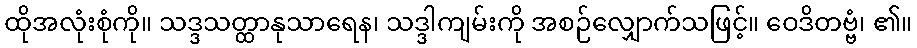
ထိုအလုံးစုံကို။ သဒ္ဒသတ္ထာနုသာရေန၊ သဒ္ဒါကျမ်းကို အစဉ်လျှောက်သဖြင့်။ ဝေဒိတဗ္ဗံ၊ ၏။